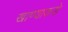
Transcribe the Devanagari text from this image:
खाण्याकडे